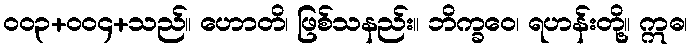
ဝဝ၃+ဝဝ၄+သည်။ ဟောတိ၊ ဖြစ်သနည်း။ ဘိက္ခဝေ၊ ရဟန်းတို့။ ဣဓ၊